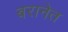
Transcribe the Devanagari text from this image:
बरानेत